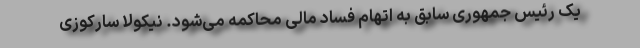
یک رئیس جمهوری سابق به اتهام فساد مالی محاکمه می‌شود. نیکولا سارکوزی